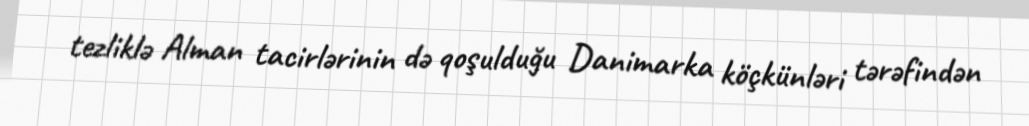
tezliklə Alman tacirlərinin də qoşulduğu Danimarka köçkünləri tərəfindən